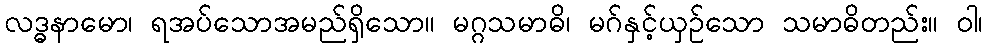
လဒ္ဓနာမော၊ ရအပ်သောအမည်ရှိသော။ မဂ္ဂသမာဓိ၊ မဂ်နှင့်ယှဉ်သော သမာဓိတည်း။ ဝါ၊